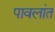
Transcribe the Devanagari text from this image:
पावलांत